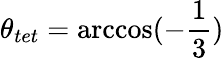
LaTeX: \theta_{tet}=\operatorname{arccos}(-\frac{1}{3})